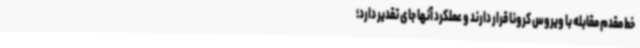
خط مقدم مقابله با ویروس کرونا قرار دارند و عملکرد آنها جای تقدیر دارد؛